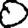
Digit: 0